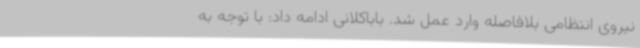
نیروی انتظامی بلافاصله وارد عمل شد. باباکلانی ادامه داد: با توجه به